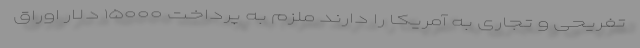
تفریحی و تجاری به آمریکا را دارند ملزم به پرداخت ۱۵۰۰۰ دلار اوراق